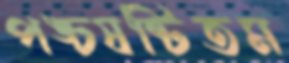
পঙ্চষষ্টিতম